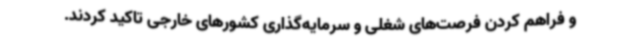
و فراهم کردن فرصت‌های شغلی و سرمایه‌گذاری کشورهای خارجی تاکید کردند.